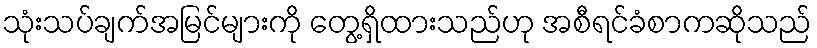
သုံးသပ်ချက်အမြင်များကို တွေ့ရှိထားသည်ဟု အစီရင်ခံစာကဆိုသည်